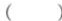
（）